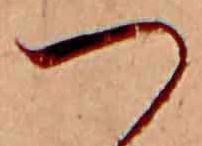
つ